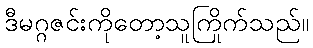
ဒီမဂ္ဂဇင်းကိုတော့သူကြိုက်သည်။